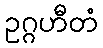
ဥဂ္ဂဟီတံ